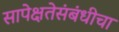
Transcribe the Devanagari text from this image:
सापेक्षतेसंबंधीचा